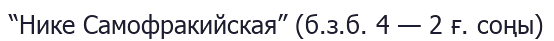
“Нике Самофракийская” (б.з.б. 4 — 2 ғ. соңы)